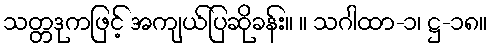
သတ္တဒုကဖြင့် အကျယ်ပြဆိုခန်း။ ။ သဂါထာ-၁၊ ဋ္ဌ-၁၈။